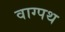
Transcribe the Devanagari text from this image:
वाग्पथ